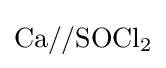
{\mathrm {Ca} //\mathrm {SOCl} {\vphantom {A}}_{\smash[{t}]{2}}}